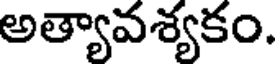
అత్యావశ్యకం.